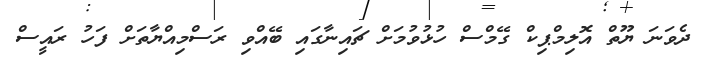
ދެވަނަ ޔޫތް އޮލިމްޕިކް ގޭމްސް ހުޅުވުމަށް ޗައިނާގައި ބޭއްވި ރަސްމިއްޔާތަށް ފަހު ރައީސް